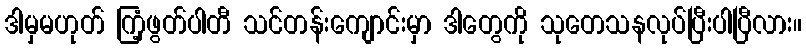
ဒါမှမဟုတ် ကြံ့ဖွတ်ပါတီ သင်တန်းကျောင်းမှာ ဒါတွေကို သုတေသနလုပ်ပြီးပါပြီလား။